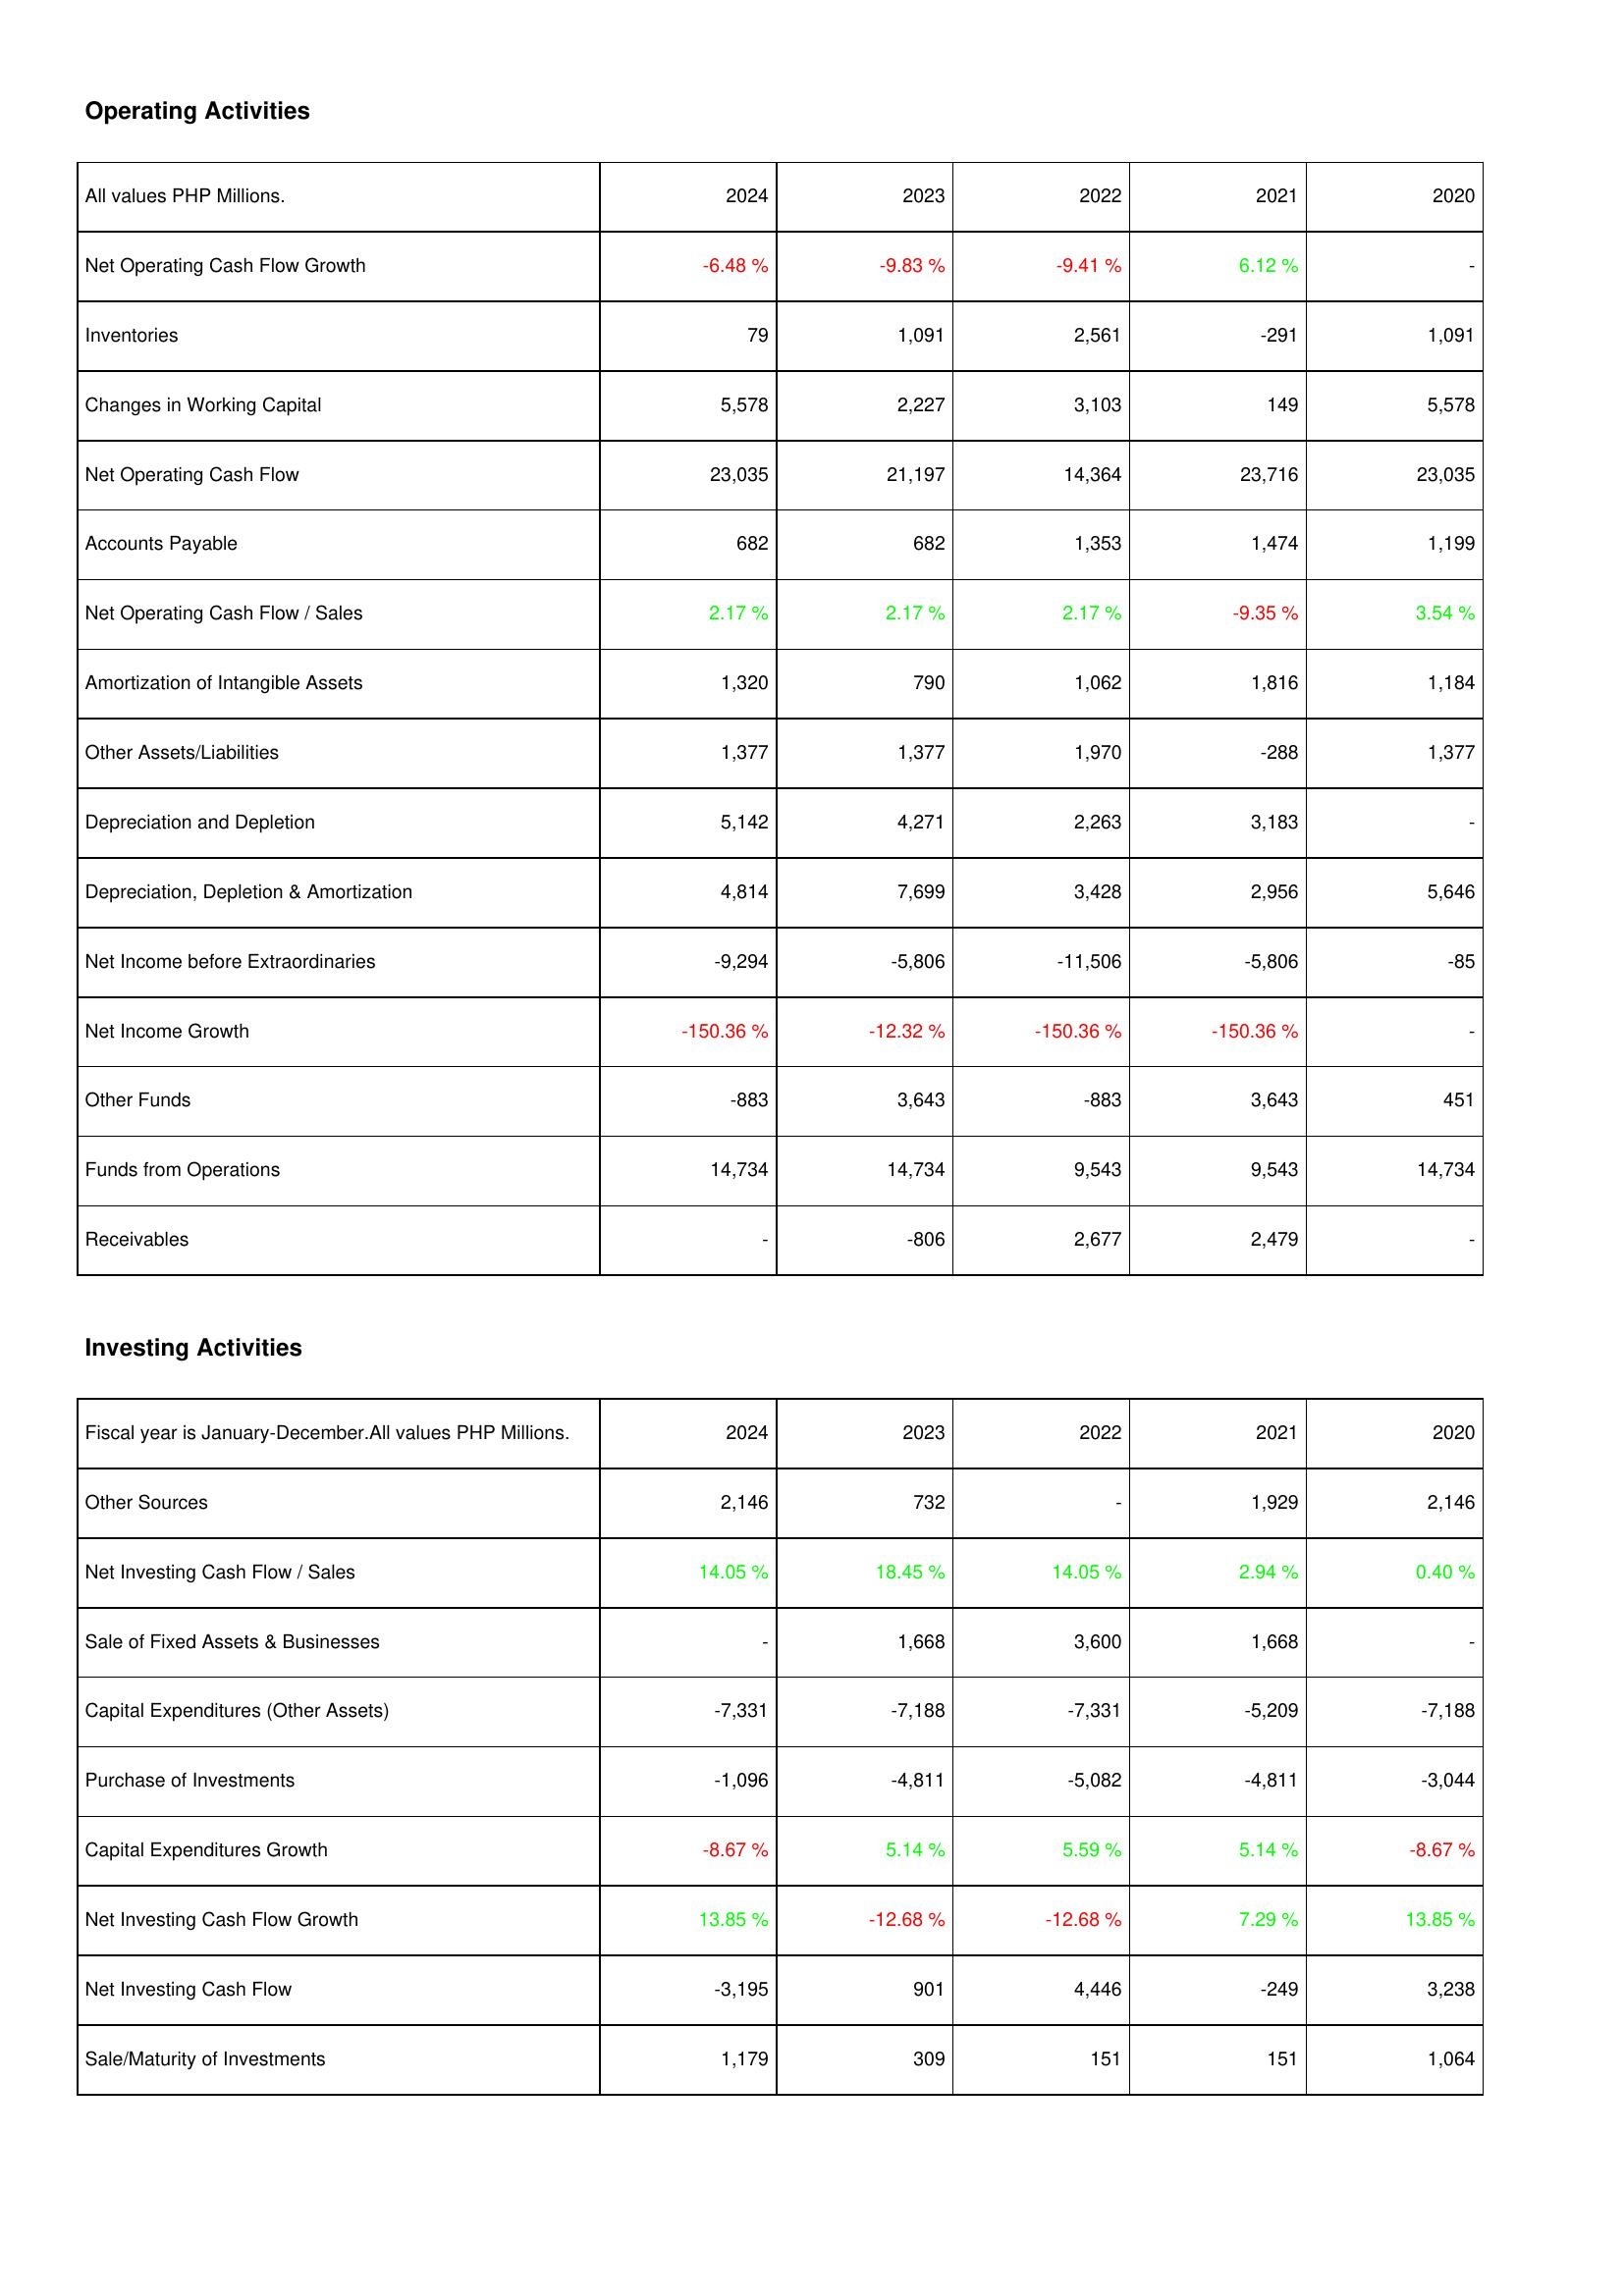
2024: Operating Activities: Net Operating Cash Flow Growth: -6.48 %
Inventories: 79
Changes in Working Capital: 5,578
Net Operating Cash Flow: 23,035
Accounts Payable: 682
Net Operating Cash Flow / Sales: 2.17 %
Amortization of Intangible Assets: 1,320
Other Assets/Liabilities: 1,377
Depreciation and Depletion: 5,142
Depreciation, Depletion & Amortization: 4,814
Net Income before Extraordinaries: -9,294
Net Income Growth: -150.36 %
Other Funds: -883
Funds from Operations: 14,734
Receivables: -
Investing Activities: Other Sources: 2,146
Net Investing Cash Flow / Sales: 14.05 %
Sale of Fixed Assets & Businesses: -
Capital Expenditures (Other Assets): -7,331
Purchase of Investments: -1,096
Capital Expenditures Growth: -8.67 %
Net Investing Cash Flow Growth: 13.85 %
Net Investing Cash Flow: -3,195
Sale/Maturity of Investments: 1,179
2023: Operating Activities: Net Operating Cash Flow Growth: -9.83 %
Inventories: 1,091
Changes in Working Capital: 2,227
Net Operating Cash Flow: 21,197
Accounts Payable: 682
Net Operating Cash Flow / Sales: 2.17 %
Amortization of Intangible Assets: 790
Other Assets/Liabilities: 1,377
Depreciation and Depletion: 4,271
Depreciation, Depletion & Amortization: 7,699
Net Income before Extraordinaries: -5,806
Net Income Growth: -12.32 %
Other Funds: 3,643
Funds from Operations: 14,734
Receivables: -806
Investing Activities: Other Sources: 732
Net Investing Cash Flow / Sales: 18.45 %
Sale of Fixed Assets & Businesses: 1,668
Capital Expenditures (Other Assets): -7,188
Purchase of Investments: -4,811
Capital Expenditures Growth: 5.14 %
Net Investing Cash Flow Growth: -12.68 %
Net Investing Cash Flow: 901
Sale/Maturity of Investments: 309
2022: Operating Activities: Net Operating Cash Flow Growth: -9.41 %
Inventories: 2,561
Changes in Working Capital: 3,103
Net Operating Cash Flow: 14,364
Accounts Payable: 1,353
Net Operating Cash Flow / Sales: 2.17 %
Amortization of Intangible Assets: 1,062
Other Assets/Liabilities: 1,970
Depreciation and Depletion: 2,263
Depreciation, Depletion & Amortization: 3,428
Net Income before Extraordinaries: -11,506
Net Income Growth: -150.36 %
Other Funds: -883
Funds from Operations: 9,543
Receivables: 2,677
Investing Activities: Other Sources: -
Net Investing Cash Flow / Sales: 14.05 %
Sale of Fixed Assets & Businesses: 3,600
Capital Expenditures (Other Assets): -7,331
Purchase of Investments: -5,082
Capital Expenditures Growth: 5.59 %
Net Investing Cash Flow Growth: -12.68 %
Net Investing Cash Flow: 4,446
Sale/Maturity of Investments: 151
2021: Operating Activities: Net Operating Cash Flow Growth: 6.12 %
Inventories: -291
Changes in Working Capital: 149
Net Operating Cash Flow: 23,716
Accounts Payable: 1,474
Net Operating Cash Flow / Sales: -9.35 %
Amortization of Intangible Assets: 1,816
Other Assets/Liabilities: -288
Depreciation and Depletion: 3,183
Depreciation, Depletion & Amortization: 2,956
Net Income before Extraordinaries: -5,806
Net Income Growth: -150.36 %
Other Funds: 3,643
Funds from Operations: 9,543
Receivables: 2,479
Investing Activities: Other Sources: 1,929
Net Investing Cash Flow / Sales: 2.94 %
Sale of Fixed Assets & Businesses: 1,668
Capital Expenditures (Other Assets): -5,209
Purchase of Investments: -4,811
Capital Expenditures Growth: 5.14 %
Net Investing Cash Flow Growth: 7.29 %
Net Investing Cash Flow: -249
Sale/Maturity of Investments: 151
2020: Operating Activities: Net Operating Cash Flow Growth: -
Inventories: 1,091
Changes in Working Capital: 5,578
Net Operating Cash Flow: 23,035
Accounts Payable: 1,199
Net Operating Cash Flow / Sales: 3.54 %
Amortization of Intangible Assets: 1,184
Other Assets/Liabilities: 1,377
Depreciation and Depletion: -
Depreciation, Depletion & Amortization: 5,646
Net Income before Extraordinaries: -85
Net Income Growth: -
Other Funds: 451
Funds from Operations: 14,734
Receivables: -
Investing Activities: Other Sources: 2,146
Net Investing Cash Flow / Sales: 0.40 %
Sale of Fixed Assets & Businesses: -
Capital Expenditures (Other Assets): -7,188
Purchase of Investments: -3,044
Capital Expenditures Growth: -8.67 %
Net Investing Cash Flow Growth: 13.85 %
Net Investing Cash Flow: 3,238
Sale/Maturity of Investments: 1,064